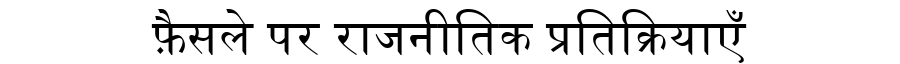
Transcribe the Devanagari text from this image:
फ़ैसले पर राजनीतिक प्रतिक्रियाएँ